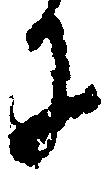
に